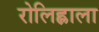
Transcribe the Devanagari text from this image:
रोलिह्लाला